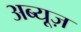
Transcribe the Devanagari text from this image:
अब्यूज़